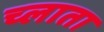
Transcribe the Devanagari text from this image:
च्लाता